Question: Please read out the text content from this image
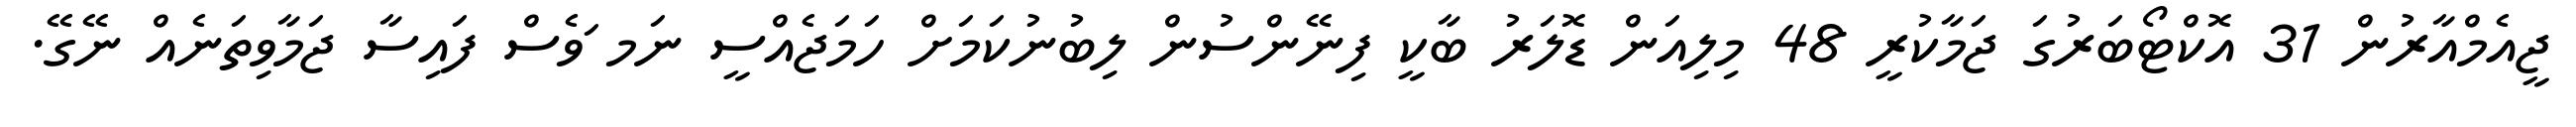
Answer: ޖީއެމްއާރުން 31 އޮކްޓޯބަރުގަ ޖަމާކުރީ 48 މިލިއަން ޑޮލަރު ބާކީ ފިނޭންސުން ލިބުނުކަމަށް ހަމަޖެއްސީ ނަމ ަވެސް ފައިސާ ޖަމާވިތަނެއް ނޭގޭ.